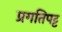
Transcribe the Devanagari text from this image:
प्रगतिपट्ट